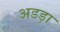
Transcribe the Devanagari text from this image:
अडड़ा